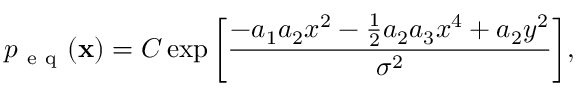
p _ { \mathrm { ~ e ~ q ~ } } ( \mathbf x ) = C \exp \bigg [ \frac { - a _ { 1 } a _ { 2 } x ^ { 2 } - \frac { 1 } { 2 } a _ { 2 } a _ { 3 } x ^ { 4 } + a _ { 2 } y ^ { 2 } } { \sigma ^ { 2 } } \bigg ] ,